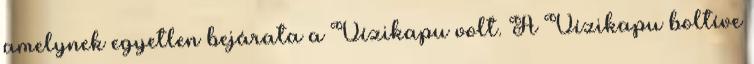
amelynek egyetlen bejárata a Vízikapu volt. A Vízikapu boltíve